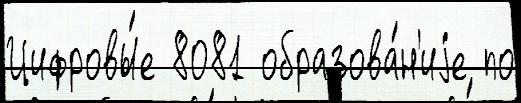
Цифровы́е 8081 образова́н'иjе по